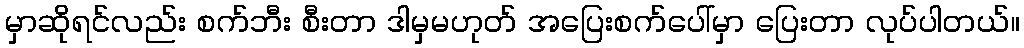
မှာဆိုရင်လည်း စက်ဘီး စီးတာ ဒါမှမဟုတ် အပြေးစက်ပေါ်မှာ ပြေးတာ လုပ်ပါတယ်။